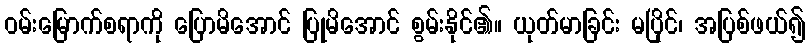
ဝမ်းမြောက်စရာကို ပြောမိအောင် ပြုမိအောင် စွမ်းနိုင်၏။ ယုတ်မာခြင်း မပြိုင်၊ အပြစ်ဖယ်၍